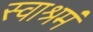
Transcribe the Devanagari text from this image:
स्वाश्रमं